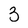
Character: 3